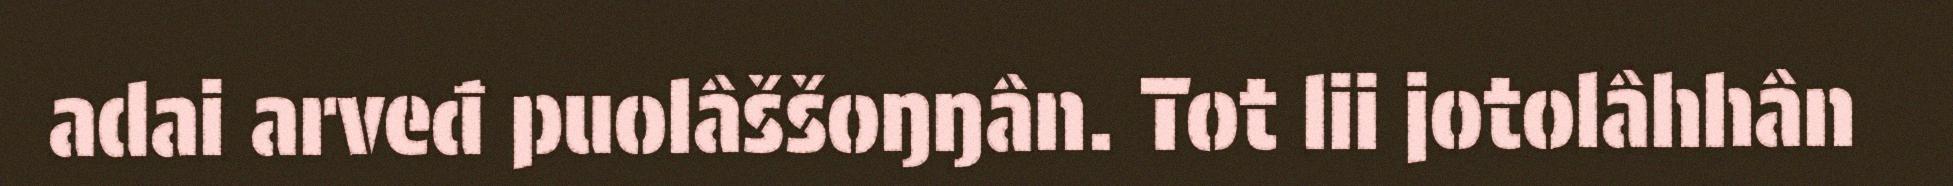
adai arveđ puolâššoŋŋân. Tot lii jotolâhhân